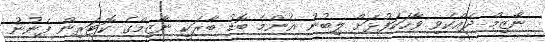
ނާޒިމް ދެއްކެވި ވާހަކަފުޅަށް ލިބުނު އެންމެ ބޮޑު ބާރަކީ ނާޒިމްގެ ކޮޓަރިން ފެނުނު